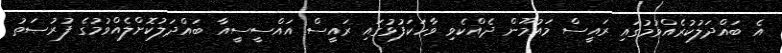
އެ ބައްދަލުކުރެއްވުމުގައި ރައީސް މައުމޫން ދެއްކެވި ވާހަކަފުޅުގައި ރައީސް އައްސީސީއާ ބައްދަލުކޮށްލެއްވުމުގެ ފުރުޞަތު